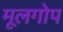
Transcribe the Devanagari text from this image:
मूलगोप